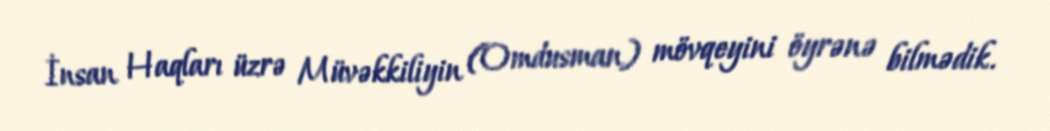
İnsan Haqları üzrə Müvəkkiliyin (Omdusman) mövqeyini öyrənə bilmədik.